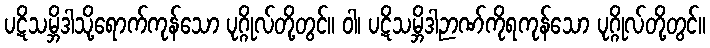
ပဋိသမ္ဘိဒါသို့ရောက်ကုန်သော ပုဂ္ဂိုလ်တို့တွင်။ ဝါ၊ ပဋိသမ္ဘိဒါဉာဏ်ကိုရကုန်သော ပုဂ္ဂိုလ်တို့တွင်။